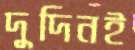
দুদিনই